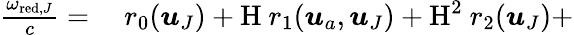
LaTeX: \begin{array}{rl}{\frac{\omega_{\textup{red},J}}{c}=}&{{}\ r_{0}(\boldsymbol{u}_{J})+\textup{H}\ r_{1}(\boldsymbol{u}_{a},\boldsymbol{u}_{J})+\textup{H}^{2}\ r_{2}(\boldsymbol{u}_{J})+}\end{array}